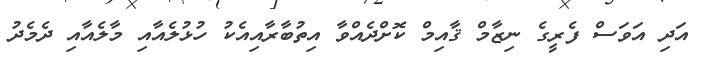
އަދި އަވަސް ފެރީގެ ނިޒާމް ޤާއިމް ކޮށްދެއްވާ އިތުބާރާއިއެކު ހުޅުލެއާއި މާލެއާއި ދެމެދު